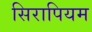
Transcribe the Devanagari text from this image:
सिरापियम